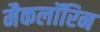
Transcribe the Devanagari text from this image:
मैकलॉरिन